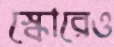
স্কোরেও